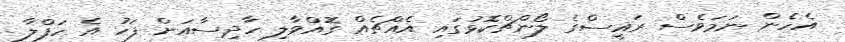
އެހެން ނަމަވެސް ރައީސްގެ ލޯންޗްކޮޅުގައި އެއްޗެއް ގޮއްވާލި ހާދިސާއަށް ފަހު އެ ހަފްލާ